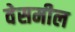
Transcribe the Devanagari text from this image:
वेसमील